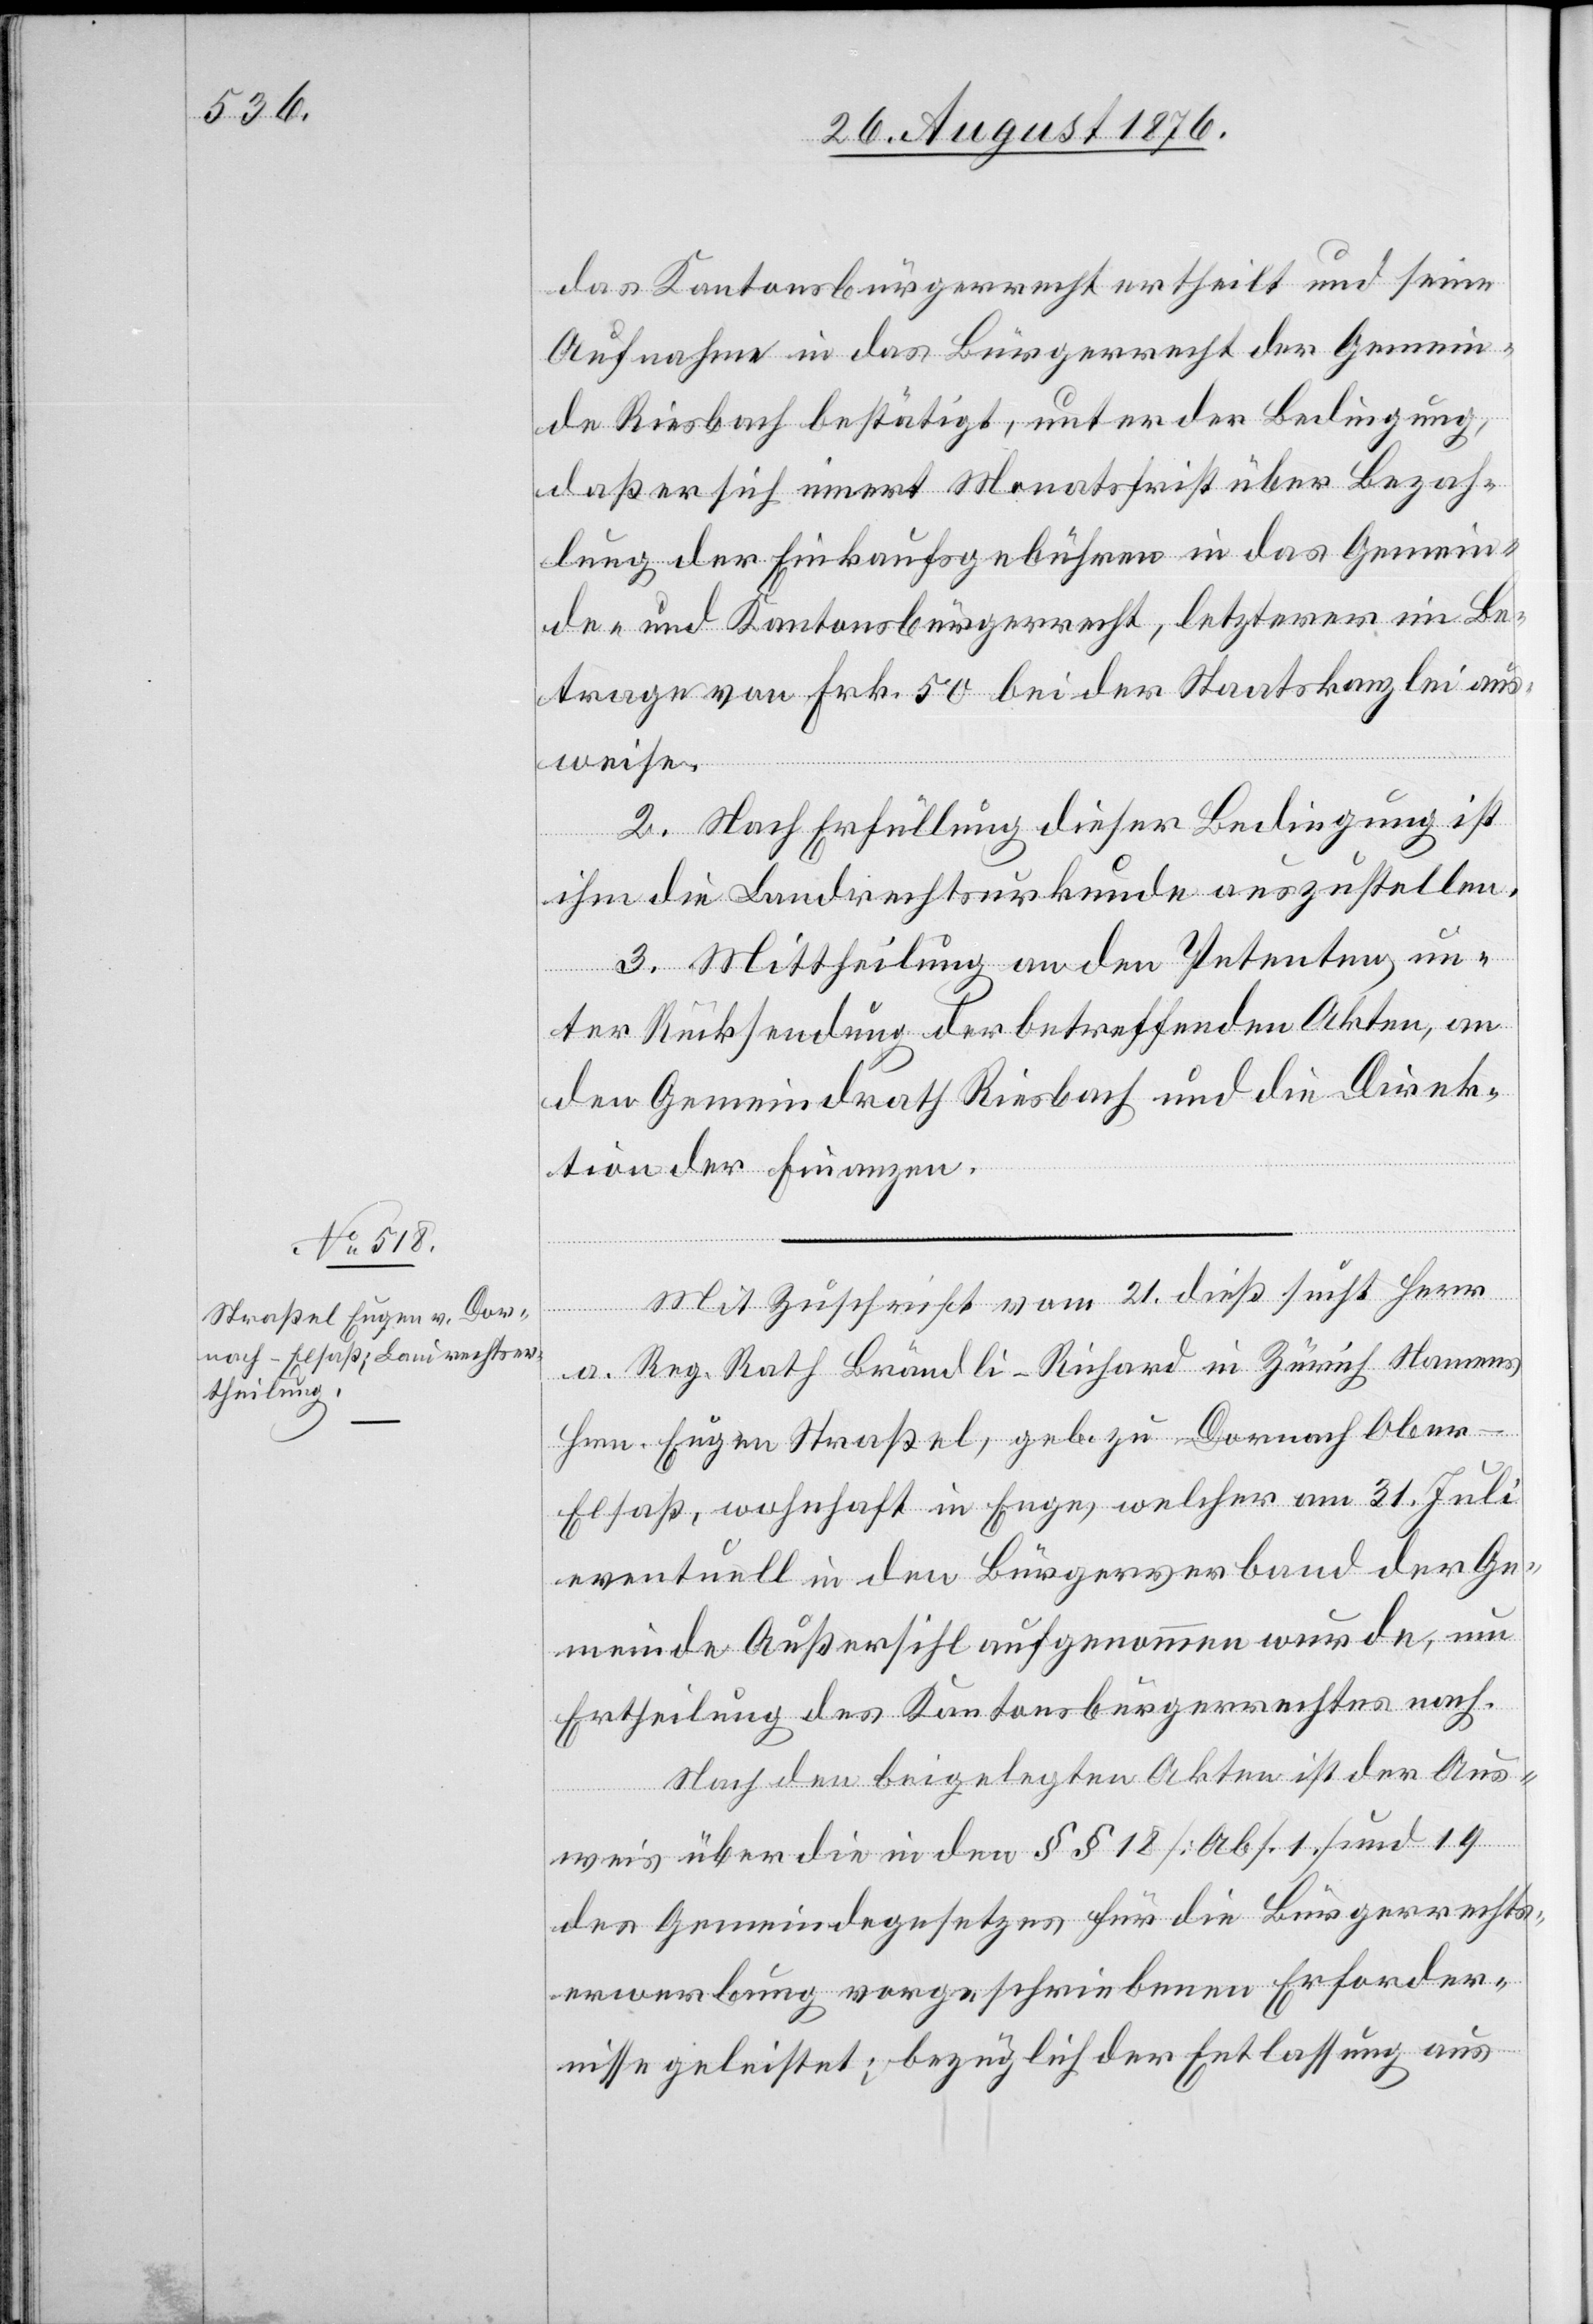
das Kantonsbürgerrecht ertheilt und seine
Aufnahme in das Bürgerrecht der gemein¬
de Riesbach bestätigt, unter der Bedingung,
daß er sich innert Monatsfrist über Bezah¬
lung der Einkaufsgebühren in das Gemein¬
de- und Kantonsbürgerrecht, letzterer im Be¬
trage von Frk. 50 bei der Staatskanzlei aus¬
weise.
2. Nach Erfüllung dieser Bedingung ist
ihm die Landrechtsurkunde auszustellen.
3. Mittheilung an den Petenten, un¬
ter Rücksendung der betreffenden Akten, an
den Gemeindrath Riesbach und die Direk¬
tion der Finanzen.